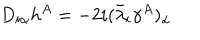
D _ { i \alpha } h ^ { A } = - 2 i ( \bar { \lambda } _ { i } \gamma ^ { A } ) _ { \alpha }